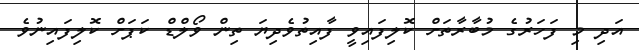
އަދި މި ފަހަރުގެ މުބާރާތަށް ކޮލިފައިވީ ފާއިތުވެދިޔަ ތިން ވޯލްޑް ކަޕަށް ކޮލިފައިިނުވެ